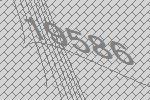
19586